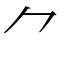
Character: ⺈